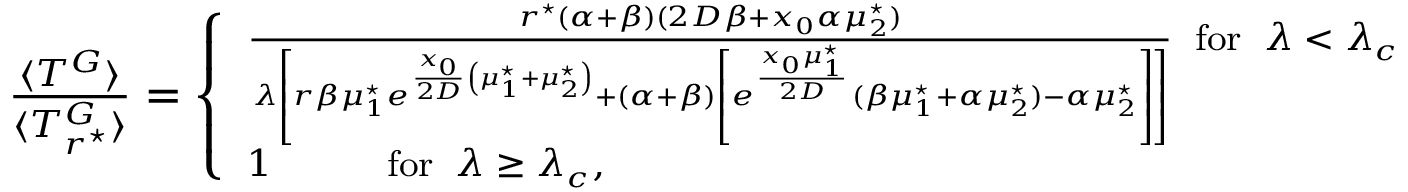
\begin{array} { r } { \footnotesize \frac { \langle T ^ { G } \rangle } { \langle T _ { r ^ { \star } } ^ { G } \rangle } = \left\{ \begin{array} { l l } { \frac { r ^ { \star } ( \alpha + \beta ) ( 2 D \beta + x _ { 0 } \alpha \mu _ { 2 } ^ { \star } ) } { \lambda \left[ r \beta \mu _ { 1 } ^ { \star } e ^ { \frac { x _ { 0 } } { 2 D } \left( \mu _ { 1 } ^ { \star } + \mu _ { 2 } ^ { \star } \right) } + \left( \alpha + \beta \right) \left[ e ^ { \frac { x _ { 0 } \mu _ { 1 } ^ { \star } } { 2 D } } { ( \beta \mu _ { 1 } ^ { \star } + \alpha \mu _ { 2 } ^ { \star } ) - \alpha \mu _ { 2 } ^ { \star } } \right] \right] } \; \; \mathrm { f o r } \; \; \lambda < \lambda _ { c } } \\ { 1 \; \; \; \; \; \; \; \; \; \; \; \mathrm { f o r } \; \; \lambda \geq \lambda _ { c } , } \end{array} \right. } \end{array}